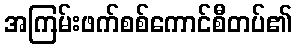
အကြမ်းဖက်စစ်ကောင်စီတပ်၏